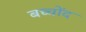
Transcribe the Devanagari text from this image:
बच्चोंद